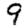
Digit: 9